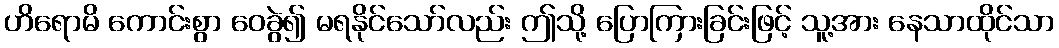
ဟိရောမိ ကောင်းစွာ ဝေခွဲ၍ မရနိုင်သော်လည်း ဤသို့ ပြောကြားခြင်းဖြင့် သူ့အား နေသာထိုင်သာ